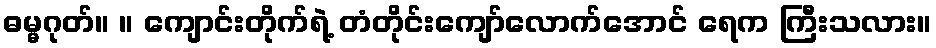
ဓမ္မဂုတ်။ ။ ကျောင်းတိုက်ရဲ့ တံတိုင်းကျော်လောက်အောင် ရေက ကြီးသလား။